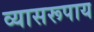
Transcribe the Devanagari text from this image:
व्यासरूपाय